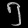
Digit: ၅